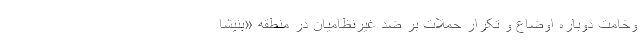
وخامت دوباره اوضاع و تکرار حملات بر ضد غیرنظامیان در منطقه «بنیشا